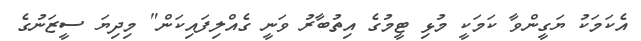
އެކަމަކު ޔަގީންވާ ކަމަކީ މުޅި ޓީމުގެ އިތުބާރު ވަނީ ގެއްލިފައިކަން" މިދިޔަ ސީޒަނުގެ